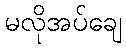
မလိုအပ်ချေ